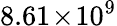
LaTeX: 8.61\! \times\! 10^{9}